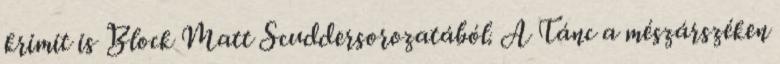
krimit is Block Matt Scuddersorozatából. A Tánc a mészárszéken